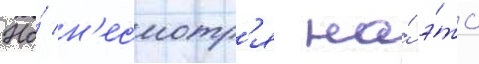
Но́ н'есмотр'я на́ э́то